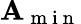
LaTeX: \mathbf{A}_{\mathrm{{~m~i~n~}}}